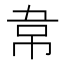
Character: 𮧯